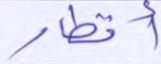
أقطار